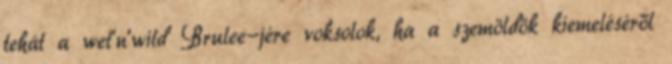
tehát a wet'n'wild Brulee-jére voksolok, ha a szemöldök kiemeléséről